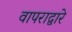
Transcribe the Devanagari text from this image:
वापराद्वारे